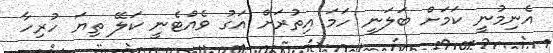
އެނިމުނީ ކަމަށް ބަލަނީ ހަމަ އިތުރަށް އަގު ވެއްޓެނީ ކަލޭ ތިޔަ ހުރިހާ